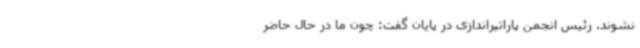
نشوند. رئیس انجمن پاراتیراندازی در پایان گفت: چون ما در حال حاضر